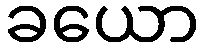
ခယော